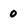
Character: 0